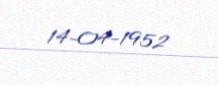
14-04-1952